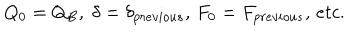
Q _ { 0 } = Q _ { B } , \; \delta = \delta _ { p r e v i o u s } , \, F _ { 0 } = F _ { p r e v i o u s } , \, e t c .